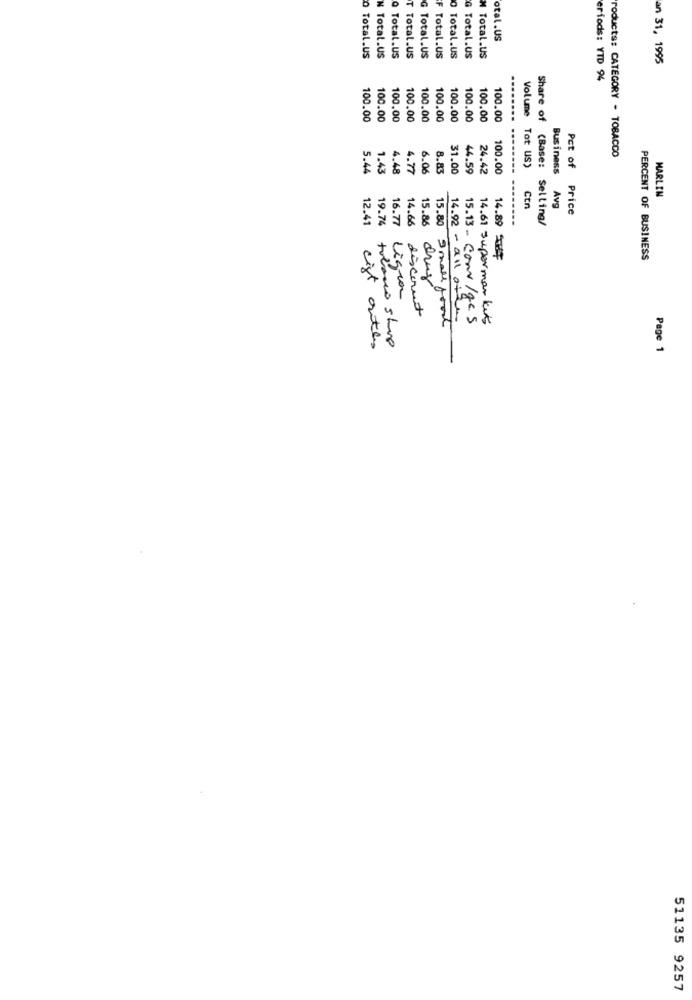
otal.US
o Total.US
N Total.US
Q Total.US
T Total.US
G Total.US
F Total.US
0 Total.US
G Total.US
M Total.US
an 31, 1995
eriods: YTD 94
100.00
100.00
100.00
100.00
100.00
100.00
100.00
100.00
100.00
100.00
roducts: CATEGORY - TOBACCO
5.44
1.43
4.48
4.77
6.06
8.83
31.00
44.59
24.42
100.00
--------
Volume Tot US)
Share of (Base:
Business
Ctr
MARLIN
Avg
Pct of Price
---
Selling/
12.41
19.74
16.77
14.66
15.86
14.89 HT
PERCENT OF BUSINESS
Ligra
discount
15.80 9 mall food
14.92 - all offer
15.13 - com /gcs
14.61 Supermarket
tobanco slovo
cist outles
Page 1
51135 9257